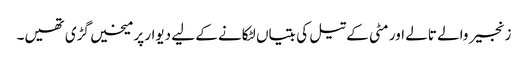
زنجیر والے تالے اور مٹی کے تیل کی بتیاں لٹکانے کے لیے دیوار پر میخیں گڑی تھیں۔